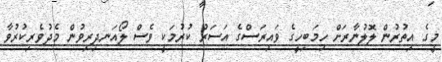
މީގެ އިތުރުން ލޮލުނާރަށް ހިމަބިހީގެ ވައިރަސްގެ އަސަރު ކުރުމަކީ ވެސް ލޯއަނދިރިވުން މެދުވެރިކުރުވާ